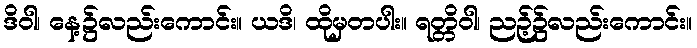
ဒိဝါ၊ နေ့၌လည်းကောင်း။ ယဒိ၊ ထိုမှတပါး။ ရတ္တိဝါ၊ ညဉ့်၌လည်းကောင်း။